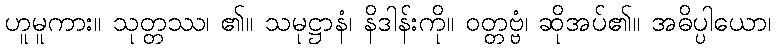
ဟူမူကား။ သုတ္တဿ၊ ၏။ သမုဋ္ဌာနံ၊ နိဒါန်းကို။ ဝတ္တဗ္ဗံ၊ ဆိုအပ်၏။ အဓိပ္ပါယော၊